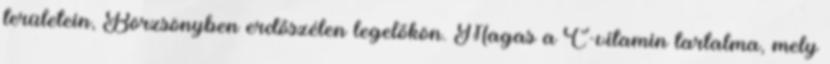
területein, Börzsönyben erdőszélen legelőkön. Magas a C-vitamin tartalma, mely